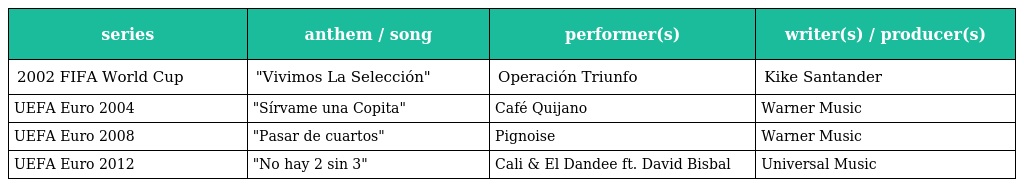
| series | anthem / song | performer(s) | writer(s) / producer(s) |
 | --- | --- | --- | --- |
 | 2002 FIFA World Cup | "Vivimos La Selección" | Operación Triunfo | Kike Santander |
 | UEFA Euro 2004 | "Sírvame una Copita" | Café Quijano | Warner Music |
 | UEFA Euro 2008 | "Pasar de cuartos" | Pignoise | Warner Music |
 | UEFA Euro 2012 | "No hay 2 sin 3" | Cali & El Dandee ft. David Bisbal | Universal Music |